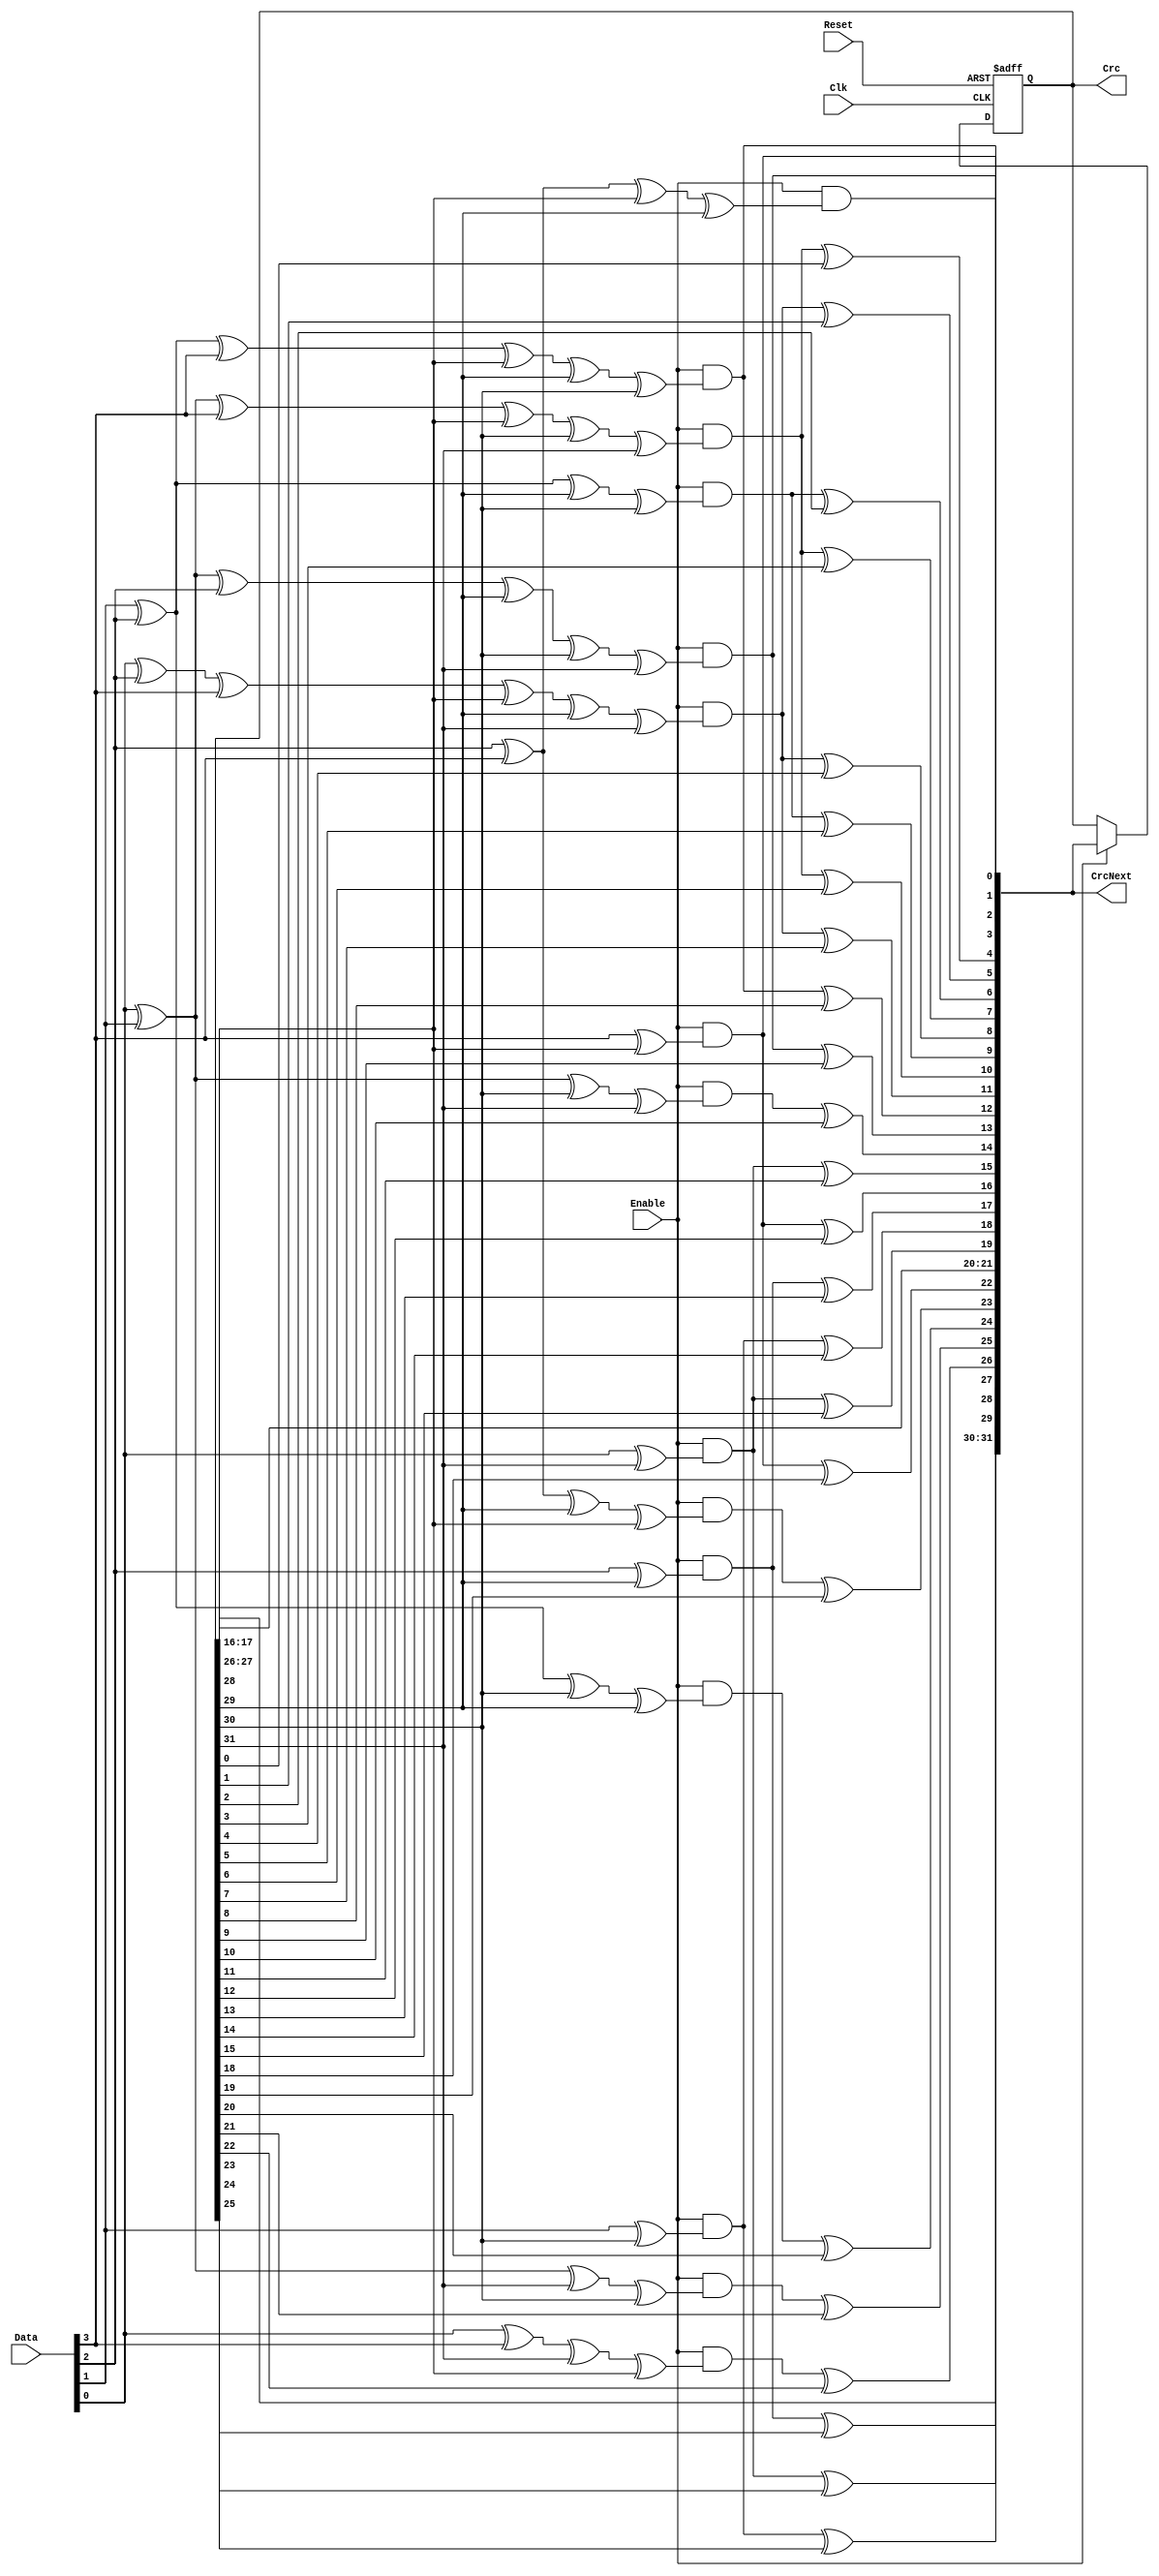
`timescale 1ns / 1ps

module rv32i_crc(
	input Clk,
	input Reset,
	input [0:3] Data,
	input Enable,
	output reg [31:0] Crc,
	output [31:0] CrcNext
);
	
	assign CrcNext[0] = Enable & (Data[0] ^ Crc[28]);
	assign CrcNext[1] = Enable & (Data[1] ^ Data[0] ^ Crc[28] ^ Crc[29]);
	assign CrcNext[2] = Enable & (Data[2] ^ Data[1] ^ Data[0] ^ Crc[28] ^ Crc[29] ^ Crc[30]);
	assign CrcNext[3] = Enable & (Data[3] ^ Data[2] ^ Data[1] ^ Crc[29] ^ Crc[30] ^ Crc[31]);
	assign CrcNext[4] = (Enable & (Data[3] ^ Data[2] ^ Data[0] ^ Crc[28] ^ Crc[30] ^ Crc[31])) ^ Crc[0];
	assign CrcNext[5] = (Enable & (Data[3] ^ Data[1] ^ Data[0] ^ Crc[28] ^ Crc[29] ^ Crc[31])) ^ Crc[1];
	assign CrcNext[6] = (Enable & (Data[2] ^ Data[1] ^ Crc[29] ^ Crc[30])) ^ Crc[ 2];
	assign CrcNext[7] = (Enable & (Data[3] ^ Data[2] ^ Data[0] ^ Crc[28] ^ Crc[30] ^ Crc[31])) ^ Crc[3];
	assign CrcNext[8] = (Enable & (Data[3] ^ Data[1] ^ Data[0] ^ Crc[28] ^ Crc[29] ^ Crc[31])) ^ Crc[4];
	assign CrcNext[9] = (Enable & (Data[2] ^ Data[1] ^ Crc[29] ^ Crc[30])) ^ Crc[5];
	assign CrcNext[10] = (Enable & (Data[3] ^ Data[2] ^ Data[0] ^ Crc[28] ^ Crc[30] ^ Crc[31])) ^ Crc[6];
	assign CrcNext[11] = (Enable & (Data[3] ^ Data[1] ^ Data[0] ^ Crc[28] ^ Crc[29] ^ Crc[31])) ^ Crc[7];
	assign CrcNext[12] = (Enable & (Data[2] ^ Data[1] ^ Data[0] ^ Crc[28] ^ Crc[29] ^ Crc[30])) ^ Crc[8];
	assign CrcNext[13] = (Enable & (Data[3] ^ Data[2] ^ Data[1] ^ Crc[29] ^ Crc[30] ^ Crc[31])) ^ Crc[9];
	assign CrcNext[14] = (Enable & (Data[3] ^ Data[2] ^ Crc[30] ^ Crc[31])) ^ Crc[10];
	assign CrcNext[15] = (Enable & (Data[3] ^ Crc[31])) ^ Crc[11];
	assign CrcNext[16] = (Enable & (Data[0] ^ Crc[28])) ^ Crc[12];
	assign CrcNext[17] = (Enable & (Data[1] ^ Crc[29])) ^ Crc[13];
	assign CrcNext[18] = (Enable & (Data[2] ^ Crc[30])) ^ Crc[14];
	assign CrcNext[19] = (Enable & (Data[3] ^ Crc[31])) ^ Crc[15];
	assign CrcNext[20] = Crc[16];
	assign CrcNext[21] = Crc[17];
	assign CrcNext[22] = (Enable & (Data[0] ^ Crc[28])) ^ Crc[18];
	assign CrcNext[23] = (Enable & (Data[1] ^ Data[0] ^ Crc[29] ^ Crc[28])) ^ Crc[19];
	assign CrcNext[24] = (Enable & (Data[2] ^ Data[1] ^ Crc[30] ^ Crc[29])) ^ Crc[20];
	assign CrcNext[25] = (Enable & (Data[3] ^ Data[2] ^ Crc[31] ^ Crc[30])) ^ Crc[21];
	assign CrcNext[26] = (Enable & (Data[3] ^ Data[0] ^ Crc[31] ^ Crc[28])) ^ Crc[22];
	assign CrcNext[27] = (Enable & (Data[1] ^ Crc[29])) ^ Crc[23];
	assign CrcNext[28] = (Enable & (Data[2] ^ Crc[30])) ^ Crc[24];
	assign CrcNext[29] = (Enable & (Data[3] ^ Crc[31])) ^ Crc[25];
	assign CrcNext[30] = Crc[26];
	assign CrcNext[31] = Crc[27];
	
	always@(posedge Clk or posedge Reset)begin
		if(Reset)
			Crc <= 32'hffffffff;
		else if(Enable)
			Crc <= CrcNext;
	end
	
endmodule